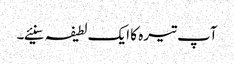
آپ تیرہ کا ایک لطیفہ سنیئے۔